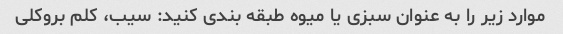
موارد زیر را به عنوان سبزی یا میوه طبقه بندی کنید: سیب، کلم بروکلی